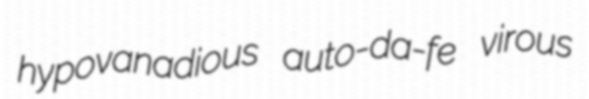
hypovanadious auto-da-fe virous